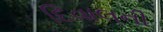
દિવાલની